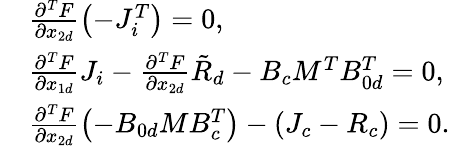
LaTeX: \begin{array}{rl}&{\frac{\partial^{T}F}{\partial x_{2d}}\left(-J_{i}^{T}\right)=0,}\\ &{\frac{\partial^{T}F}{\partial x_{1d}}J_{i}-\frac{\partial^{T}F}{\partial x_{2d}}\tilde{R}_{d}-B_{c}M^{T}B_{0d}^{T}=0,}\\ &{\frac{\partial^{T}F}{\partial x_{2d}}\left(-B_{0d}MB_{c}^{T}\right)-\left(J_{c}-R_{c}\right)=0.}\end{array}